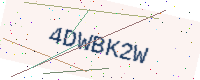
Text: 4DWBK2W